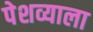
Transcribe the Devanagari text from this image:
पेशव्याला